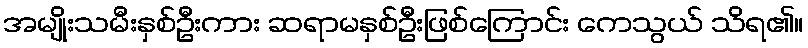
အမျိုးသမီးနှစ်ဦးကား ဆရာမနှစ်ဦးဖြစ်ကြောင်း ကေသွယ် သိရ၏။